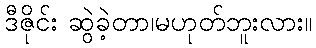
ဒီဇိုင်း ဆွဲခဲ့တာ၊မဟုတ်ဘူးလား။